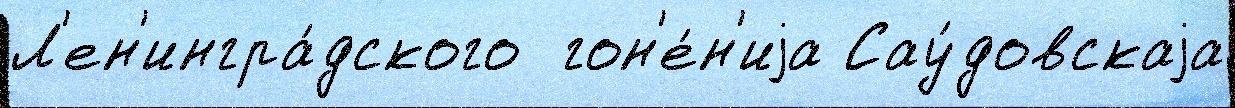
Л'ен'ингра́дского  гон'е́н'иjа Сау́довскаjа